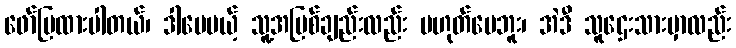
ဖော်ပြထားပါတယ်၊ ဒါပေမယ့် သူ့အပြစ်ချည်းလည်း မဟုတ်ပေဘူး၊ အဲဒီ သူဌေးသားမှာလည်း